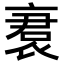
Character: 𬡝